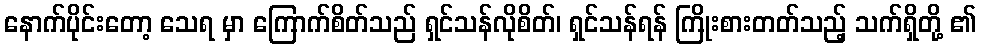
နောက်ပိုင်းတော့ သေရ မှာ ကြောက်စိတ်သည် ရှင်သန်လိုစိတ်၊ ရှင်သန်ရန် ကြိုးစားတတ်သည့် သက်ရှိတို့ ၏